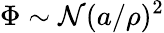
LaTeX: \Phi\sim\mathcal{N}(a/\rho)^{2}